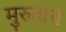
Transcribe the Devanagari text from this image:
मुरुताचे